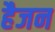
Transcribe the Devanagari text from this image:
हैजन